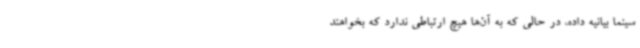
سینما بیانیه داده، در حالی که به آن‌ها هیچ ارتباطی ندارد که بخواهند